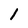
Character: 1